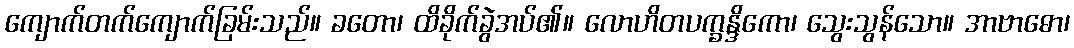
ကျောက်တက်ကျောက်ခြမ်းသည်။ ခတော၊ ထိခိုက်ခွဲအပ်၏။ လောဟိတပက္ခန္ဒိကော၊ သွေးသွန်သော။ အာဗာဓော၊